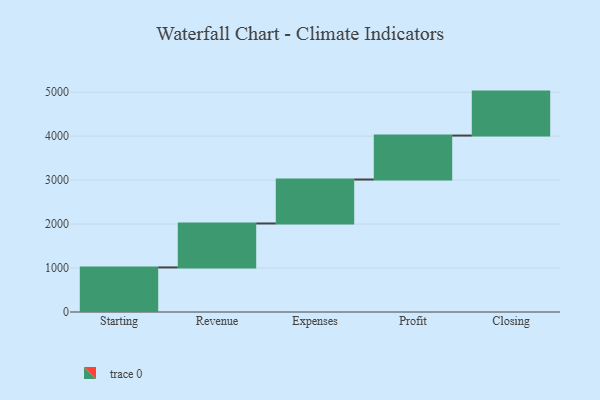
{"axis": {"x": "Step", "y": "Value"}, "legend": [""], "data": [{"x": "Starting", "y": 1014.0, "type": ""}, {"x": "Revenue", "y": 1000, "type": ""}, {"x": "Expenses", "y": 1000, "type": ""}, {"x": "Profit", "y": 1000, "type": ""}, {"x": "Closing", "y": 1000, "type": ""}]}